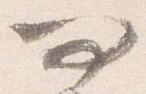
問